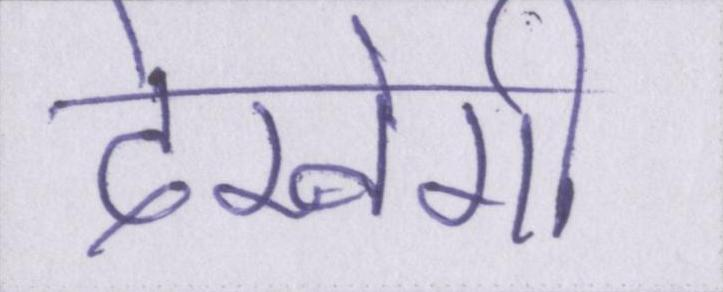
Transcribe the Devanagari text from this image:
देखेगी